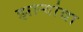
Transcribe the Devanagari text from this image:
झाऱ्यांचा